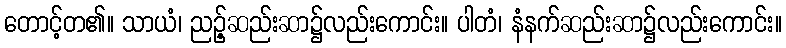
တောင့်တ၏။ သာယံ၊ ညဉ့်ဆည်းဆာ၌လည်းကောင်း။ ပါတံ၊ နံနက်ဆည်းဆာ၌လည်းကောင်း။